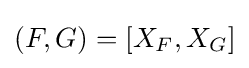
(F,G)=[X_{F},X_{G}]